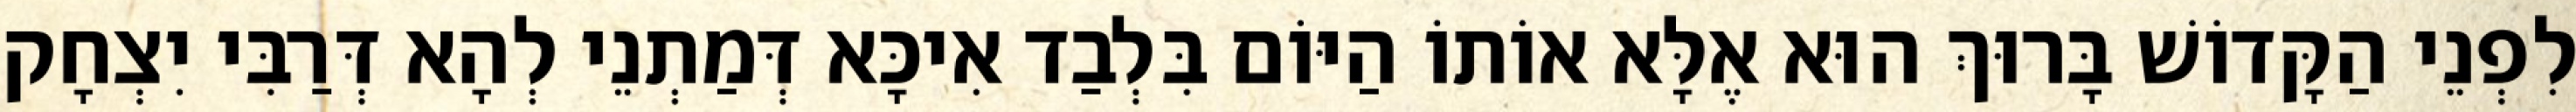
לִפְנֵי הַקָּדוֹשׁ בָּרוּךְ הוּא אֶלָּא אוֹתוֹ הַיּוֹם בִּלְבַד אִיכָּא דְּמַתְנֵי לְהָא דְּרַבִּי יִצְחָק